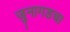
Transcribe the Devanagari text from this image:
जुनागडचा